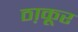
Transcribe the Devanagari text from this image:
ठा़कूर